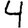
Digit: 4